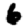
Digit: 6